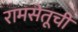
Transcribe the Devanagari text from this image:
रामसेतूची